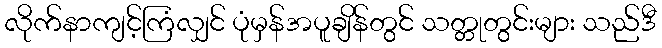
လိုက်နာကျင့်ကြံလျှင် ပုံမှန်အပူချိန်တွင် သတ္တုတွင်းများ သည်ဒီ